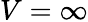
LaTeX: V=\infty